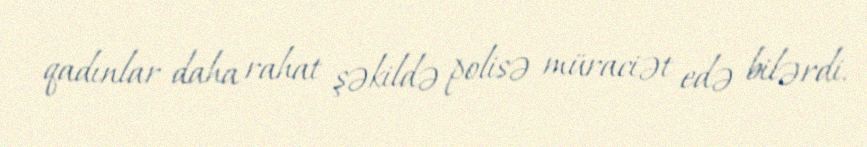
qadınlar daha rahat şəkildə polisə müraciət edə bilərdi.